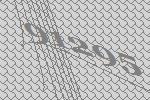
91295